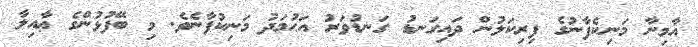
އާމިނާ މަނިކެފާނުގެ ފިރިކަލުން ދައިގަނޑު ގަނޑުވަރު އަޙުމަދު މަނިކުފާނެވެ. މި ބޭފުޅުންގެ ޢާއިލާ